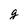
Character: g